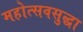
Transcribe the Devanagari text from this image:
महोत्सवसुद्धा